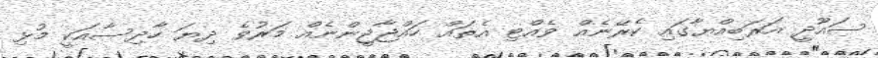
ސައޫދީ އަރަބިއްޔާގައި ކެރޭނެއް ވެއްޓި އެތައް ހައްޖާޖީންނެއް މަރުވެ ދިޔަ ހާދިސާއަކީ މުޅި